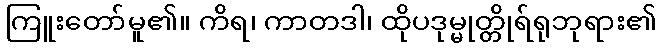
ကြူးတော်မူ၏။ ကိရ၊ ကာတဒါ၊ ထိုပဒုမ္မုတ္တိုရ်ရုဘုရား၏